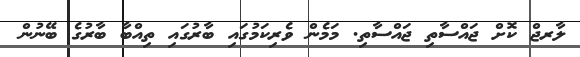
ލާރޖް ކޮށް ޖައްސާތި ޖައްސާތި. މަމެން ވެރިކަމުގައި ބާރުގައި ތިއްބާ ބާރުގެ ބޭނުން